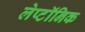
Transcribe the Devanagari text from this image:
लेप्टॉनिक